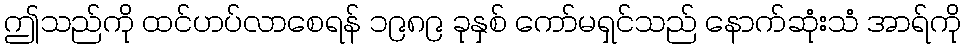
ဤသည်ကို ထင်ဟပ်လာစေရန် ၁၉၈၉ ခုနှစ် ကော်မရှင်သည် နောက်ဆုံးသံ အာရ်ကို